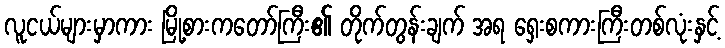
လူငယ်များမှာကား မြို့စားကတော်ကြီး၏ တိုက်တွန်းချက် အရ ရှေးစကားကြီးတစ်လုံးနှင့်